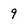
Character: 9